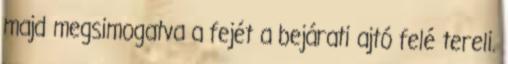
majd megsimogatva a fejét a bejárati ajtó felé tereli.